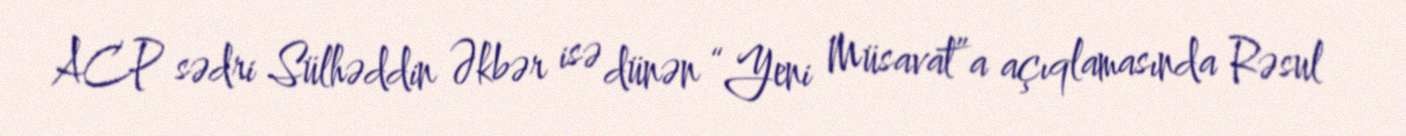
ACP sədri Sülhəddin Əkbər isə dünən “Yeni Müsavat”a açıqlamasında Rəsul